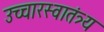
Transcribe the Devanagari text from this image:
उच्चारस्वातंत्र्य